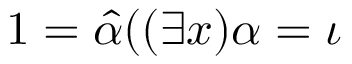
1 = { \hat { \alpha } } ( ( \exists x ) \alpha = \iota